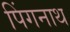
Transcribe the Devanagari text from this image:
पिंगनाथ